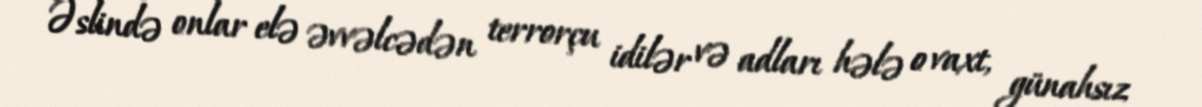
Əslində onlar elə əvvəlcədən terrorçu idilər və adları hələ o vaxt, günahsız